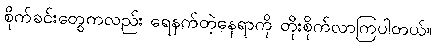
စိုက်ခင်းတွေကလည်း ရေနက်တဲ့နေရာကို တိုးစိုက်လာကြပါတယ်။